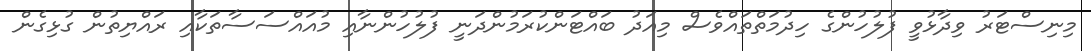
މިނިސްޓަރު ވިދާޅުވީ ފުލުހުންގެ ހިދުމަތްތައްވެސް މިއަދު ބައްޓަންކުރަމުންދަނީ ފުލުހުންނާއި މުއައްސަސާތަކާއި ރައްޔިތުން ގުޅިގެން